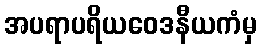
အပရာပရိယဝေဒနီယကံမှ